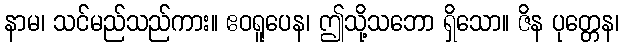
နာမ၊ သင်မည်သည်ကား။ ဧဝရူပေန၊ ဤသို့သဘော ရှိသော။ ဇိန ပုတ္တေန၊